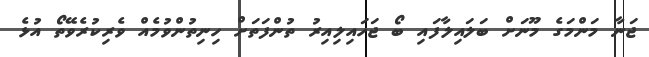
ޖަނާ މަންމަގެ މޫނަށް ބަލައިލާފައި ބޯ ޖަހައިލިއިރު ތުންފަތަށް ހިނިތުންވުމެއް ވެރިކުރެވޭތޯ އުޅެ